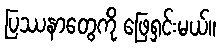
ပြဿနာတွေကို ဖြေရှင်းမယ်။